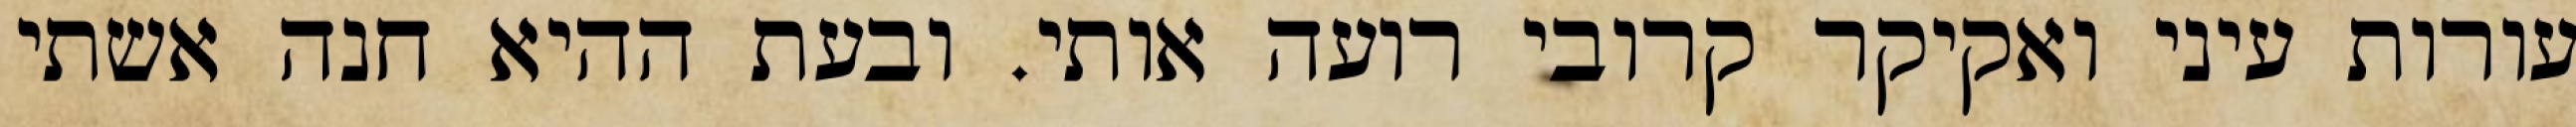
עורות עיני ואקיקר קרובי רועה אותי. ובעת ההיא חנה אשתי